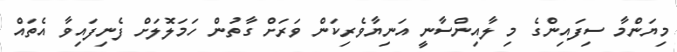
މިޔަންމާ ސިފައިންގެ މި ލާއިންސާނީ އަނިޔާވެރިކަން ވަރަށް ގާތުން ހަމަލޮލަށް ފެނިފައިވާ އެތައް